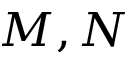
M , N